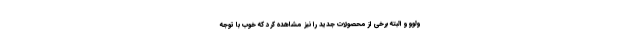
ولوو و البته برخی از محصولات جدید را نیز مشاهده کرد که خوب با توجه